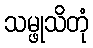
သမ္ဖုသိတုံ